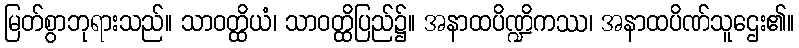
မြတ်စွာဘုရားသည်။ သာဝတ္ထိယံ၊ သာဝတ္ထိပြည်၌။ အနာထပိဏ္ဍိကဿ၊ အနာထပိဏ်သူဌေး၏။